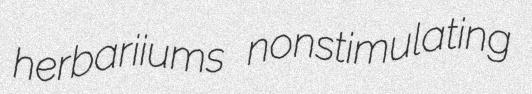
herbariiums nonstimulating